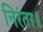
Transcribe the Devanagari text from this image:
निरंतर॥